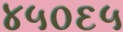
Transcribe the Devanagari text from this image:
४५०६५